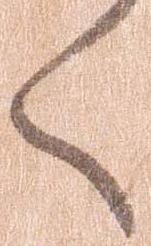
く